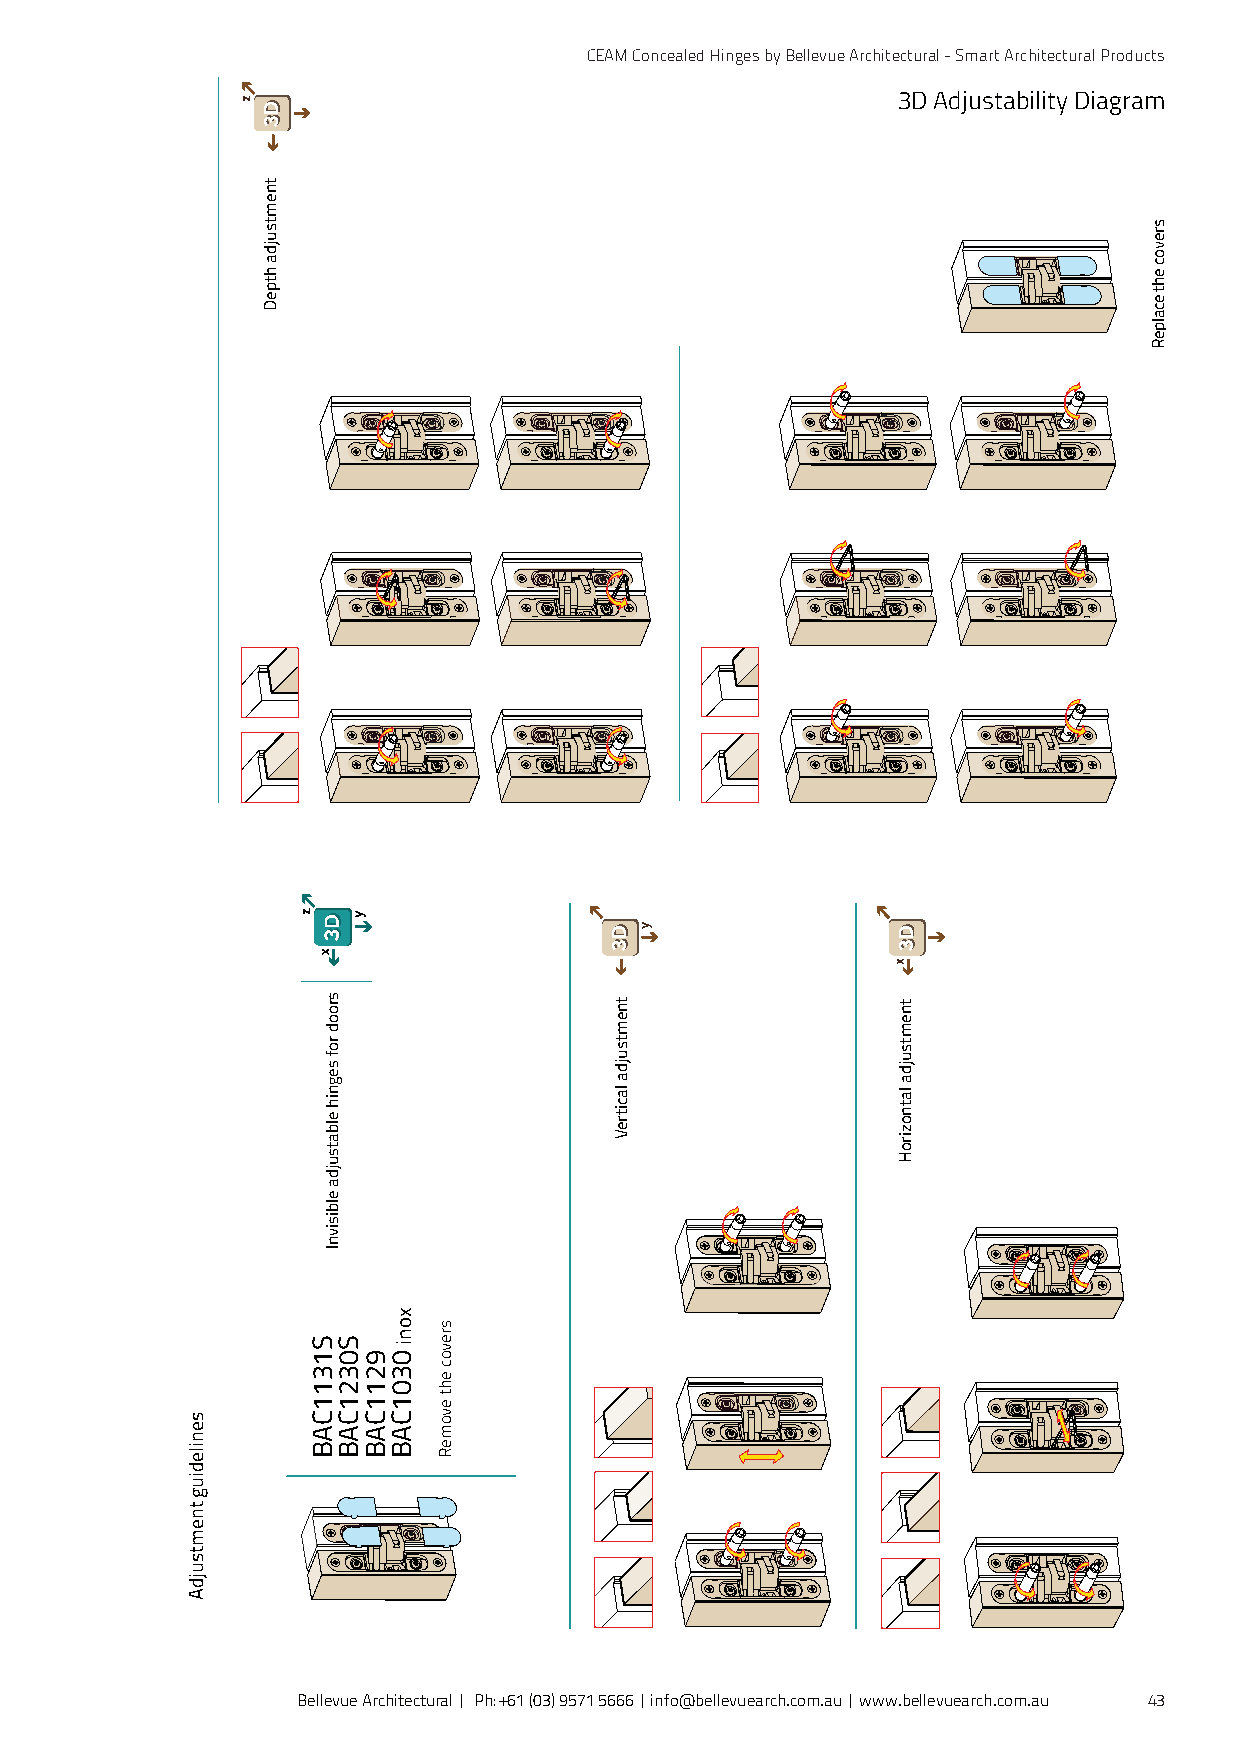
CEAM Concealed Hinges by Bellevue Architectural - Smart Architectural Products
 3D Adjustability Diagram
 Bellevue Architectural | Ph: +61 (03) 9571 5666 | info@bellevuearch.com.au | www.bellevuearch.com.au 43
 senilediug
 tnemtsujdA
 tnemtsujda
 htpeD
 S1311CAB
 srood
 rof
 segnih
 elbatsujda
 elbisivnI
 S0321CAB
 9211CAB
 xoni
 0301CAB
 srevoc
 eht
 evomeR
 tnemtsujda
 lacitreV
 tnemtsujda
 latnoziroH
 srevoc
 eht
 ecalpeR